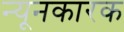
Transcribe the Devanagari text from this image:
न्यूनकारक